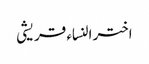
اختر النساء قریشی